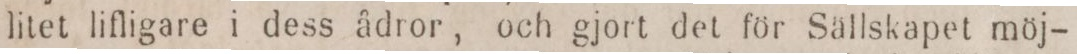
litet lifligare i dess ådror, och gjort det för Sällskapet möj-